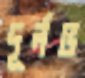
দূর্লভ